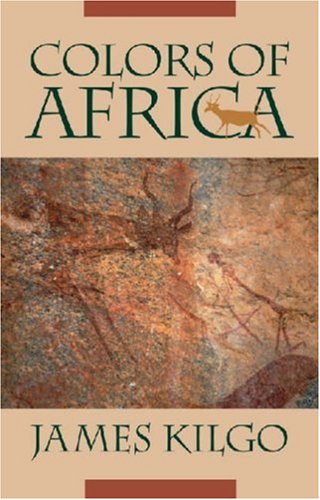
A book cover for Colors of Africa (Brown Thrasher Books); James Kilgo; Travel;